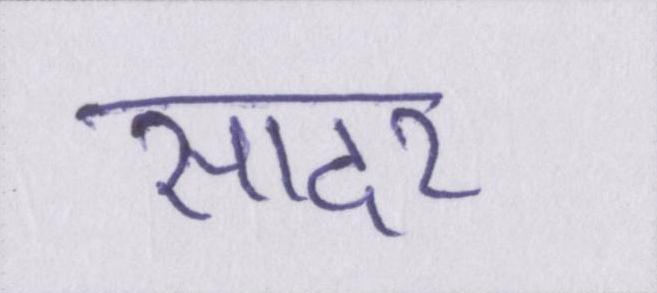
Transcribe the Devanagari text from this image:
सादर